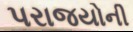
પરાજયોની